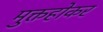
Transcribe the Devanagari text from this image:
मुक्तहोकर